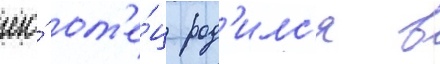
его́ от'е́ц род'илс'я в